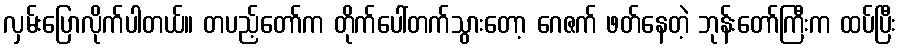
လှမ်းပြောလိုက်ပါတယ်။ တပည့်တော်က တိုက်ပေါ်တက်သွားတော့ ဂေဇက် ဖတ်နေတဲ့ ဘုန်းတော်ကြီးက ထပ်ပြီး